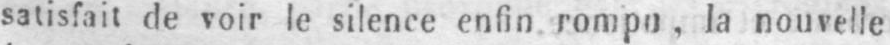
satisfait de voir le silence enfin rompu, la nouvelle